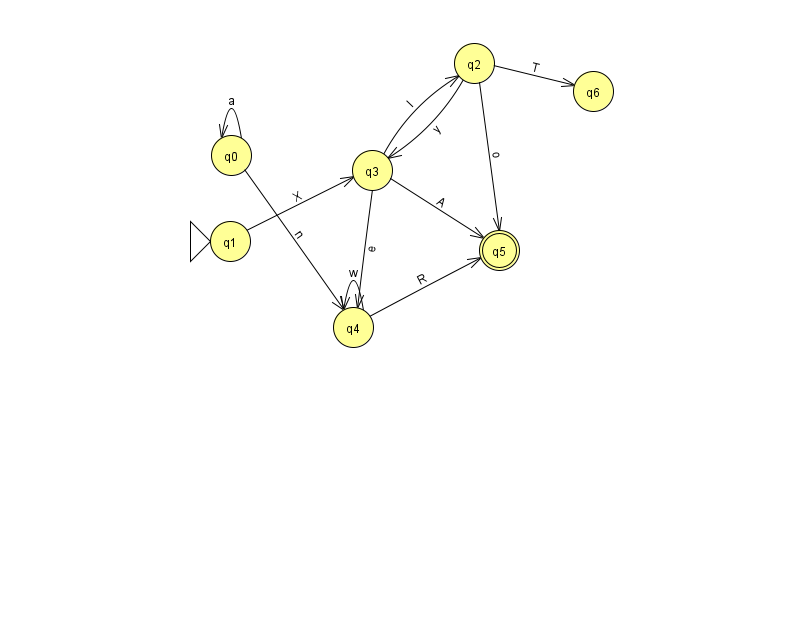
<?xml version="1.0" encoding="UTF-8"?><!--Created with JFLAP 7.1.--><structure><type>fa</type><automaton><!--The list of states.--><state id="0" name="q0"><x>231.0</x><y>142.0</y></state><state id="1" name="q1"><x>230.0</x><y>228.0</y><initial/></state><state id="2" name="q2"><x>474.0</x><y>50.0</y></state><state id="3" name="q3"><x>372.0</x><y>157.0</y></state><state id="4" name="q4"><x>353.0</x><y>314.0</y></state><state id="5" name="q5"><x>499.0</x><y>237.0</y><final/></state><state id="6" name="q6"><x>593.0</x><y>78.0</y></state><!--The list of transitions.--><transition><from>0</from><to>0</to><read>a</read></transition><transition><from>3</from><to>2</to><read>l</read></transition><transition><from>3</from><to>4</to><read>e</read></transition><transition><from>2</from><to>3</to><read>y</read></transition><transition><from>2</from><to>6</to><read>T</read></transition><transition><from>4</from><to>4</to><read>w</read></transition><transition><from>0</from><to>4</to><read>n</read></transition><transition><from>4</from><to>5</to><read>R</read></transition><transition><from>1</from><to>3</to><read>X</read></transition><transition><from>2</from><to>5</to><read>o</read></transition><transition><from>3</from><to>5</to><read>A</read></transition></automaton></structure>